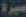
سيرة